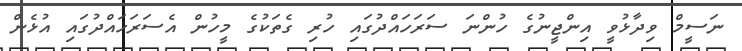
ނަސީމް ވިދާޅުވީ އިންޖީނުގެ ހުންނަ ސަރަހައްދުގައި ހުރި ގެތަކުގެ މީހުން އެސަރަހައްދުގައި އުޅެން